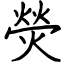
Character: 熒